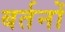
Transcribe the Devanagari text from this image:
बर्तनोँ